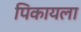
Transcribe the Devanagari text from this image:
पिकायला